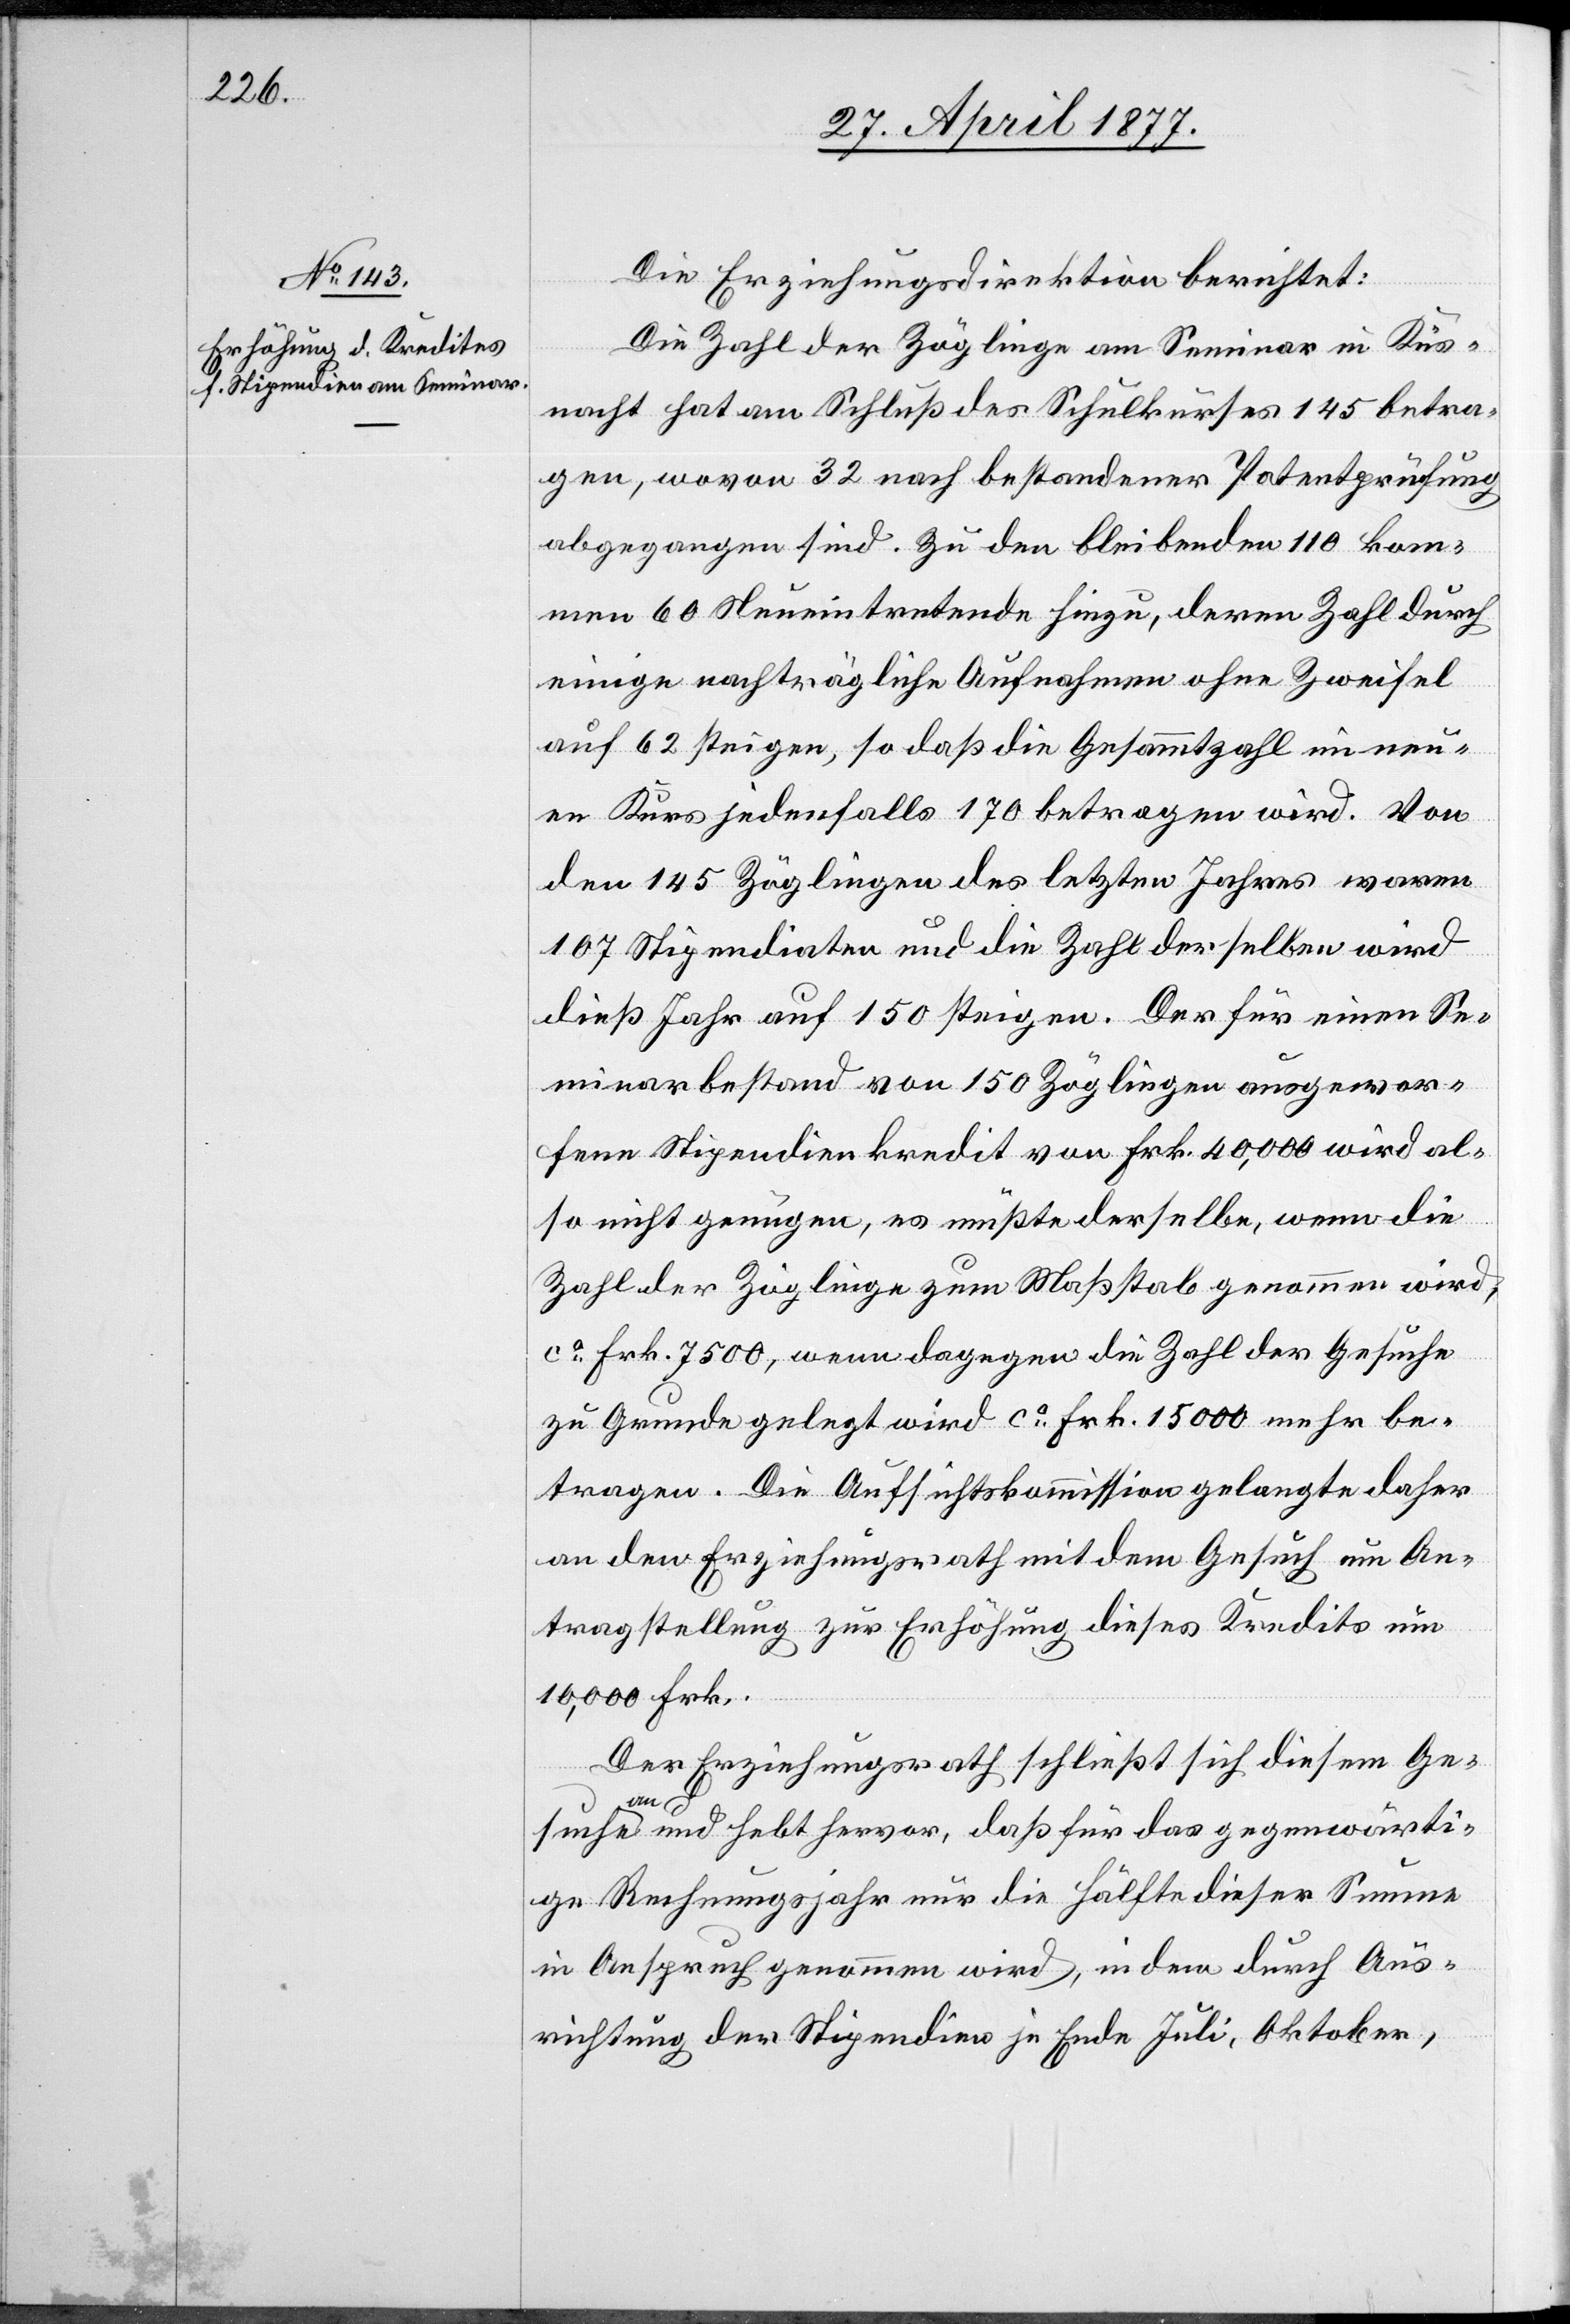
Die Erziehungsdirektion berichtet:
Die Zahl der Zöglinge am Seminar in Küs¬
nacht hat am Schluß des Schulkurses 145 betra¬
gen, wovon 32 nach bestandener Patentprüfung
abgegangen sind. Zu den bleibenden 110 kom¬
men 60 Neueintretende hinzu, deren Zahl durch
einige nachträgliche Aufnahmen ohne Zweifel
auf 62 steigen, so daß die Gesammtzahl im neu¬
en Kurs jedenfalls 170 betragen wird. Von
den 145 Zöglingen des letzten Jahres waren
107 Stipendiaten und die Zahl derselben wird
dieß Jahr auf 150 steigen. Der für einen Se¬
minarbestand von 150 Zöglingen ausgewor¬
fene Stipendienkredit von Frk. 40,000 wird al¬
so nicht genügen, es müßte derselbe, wenn die
Zahl der Zöglinge zum Maßstab genommen wird,
ca Frk. 7500, wenn dagegen die Zahl der Gesuche
zu Grunde gelegt wird ca Frk. 15,000 mehr be¬
tragen. Die Aufsichtskommission gelangte daher
an den Erziehungsrath mit dem Gesuch um An¬
tragstellung zur Erhöhung dieses Kredits um
10,000 Frk.
Der Erziehungsrath schließt sich diesem Ge¬
suche an und hebt hervor, daß für das gegenwärti¬
ge Rechnungsjahr nur die Hälfte dieser Summe
in Anspruch genommen wird, indem durch Aus¬
richtung der Stipendien je Ende Juli, Oktober,